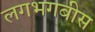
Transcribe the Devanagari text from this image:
लगभगबीस